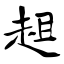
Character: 趄